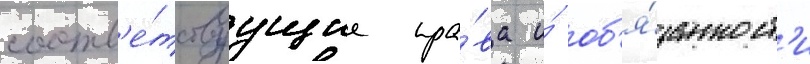
соотв'е́тствуущие пра́ва и́ об'я́занност'и